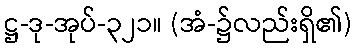
ဋ္ဌ-ဒု-အုပ်-၃၂၁။ (အံ-၌လည်းရှိ၏)